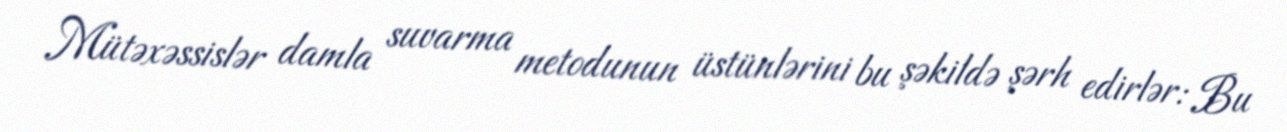
Mütəxəssislər damla suvarma metodunun üstünlərini bu şəkildə şərh edirlər: Bu